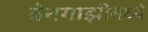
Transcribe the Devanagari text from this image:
बेनगाझीमध्ये